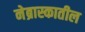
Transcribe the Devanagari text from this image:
नेब्रास्कातील